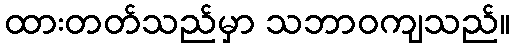
ထားတတ်သည်မှာ သဘာဝကျသည်။